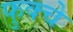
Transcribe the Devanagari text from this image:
फुक्चे